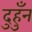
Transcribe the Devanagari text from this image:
दुहुँन